Code of medical and sanitary regulations for the guidance of medical officers serving in the Madras Presidency - Volume I
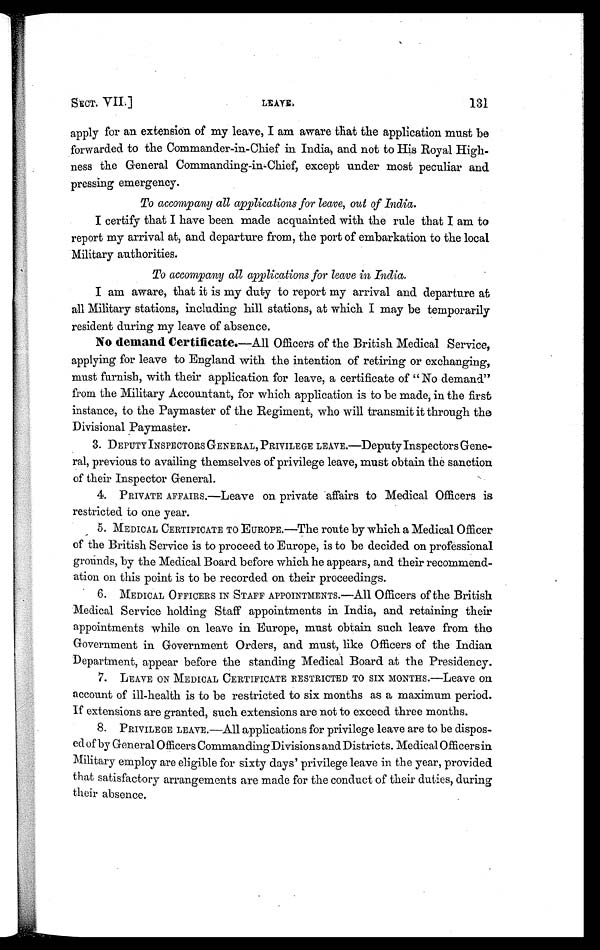
SECT. VII.]
LEAVE.
131
apply for an extension of my leave, I am aware that the application must be
forwarded to the Commander-in-Chief in India, and not to His Royal High-
ness the General Commanding-in-Chief, except under most peculiar and
pressing emergency.
To accompany all applications for leave, out of India.
I certify that I have been made acquainted with the rule that I am to
report my arrival at, and departure from, the port of embarkation to the local
Military authorities.
To accompany all applications for leave in India.
I am aware, that it is my duty to report my arrival and departure at
all Military stations, including hill stations, at which I may be temporarily
resident during my leave of absence.
No demand Certificate.—All Officers of the British Medical Service,
applying for leave to England with the intention of retiring or exchanging,
must furnish, with their application for leave, a certificate of " No demand"
from the Military Accountant, for which application is to be made, in the first
instance, to the Paymaster of the Regiment, who will transmit it through the
Divisional Paymaster.
3. DEPUTY INSPECTORS GENERAL, PRIVILEGE LEAVE.—Deputy Inspectors Gene-
ral, previous to availing themselves of privilege leave, must obtain the sanction
of their Inspector General.
4. PRIVATE AFFAIRS.—Leave on private affairs to Medical Officers is
restricted to one year.
5. MEDICAL CERTIFICATE TO EUROPE.—The route by which a Medical Officer
of the British Service is to proceed to Europe, is to be decided on professional
grounds, by the Medical Board before which he appears, and their recommend-
ation on this point is to be recorded on their proceedings.
6. MEDICAL OFFICERS IN STAFF APPOINTMENTS.-All Officers of the British
Medical Service holding Staff appointments in India, and retaining their
appointments while on leave in Europe, must obtain such leave from the
Government in Government Orders, and must, like Officers of the Indian
Department, appear before the standing Medical Board at the Presidency.
7. LEAVE ON MEDICAL CERTIFICATE RESTRICTED TO SIX MONTHS.—Leave on
account of ill-health is to be restricted to six months as a maximum period.
If extensions are granted, such extensions are not to exceed three months.
8. PRIVILEGE LEAVE.—All applications for privilege leave are to be dispos-
ed of by General Officers Commanding Divisions and Districts. Medical Officers in
Military employ are eligible for sixty days' privilege leave in the year, provided
that satisfactory arrangements are made for the conduct of their duties, during
their absence.